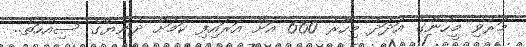
މަރުވި މީހުންގެ އަދަދު މިހާރު 660 އަށް އަރައިފި ކަމަށް ދުނިޔޭގެ ސިއްހަތު..